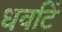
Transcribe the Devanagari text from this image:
धवटिं